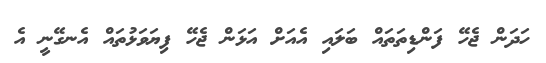
ހަދަން ޖެހޭ ފަންޑިތަތައް ބަލައި އެއަށް އަޅަން ޖެހޭ ފިޔަވަޅުތައް އެނގޭނީ އެ